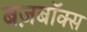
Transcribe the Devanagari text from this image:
बज़बॉक्स